Report on inoculation in the plague infected areas of the Punjab and its dependencies from October 1900 to September 1901
Year: 1900
Disease focus: Plague
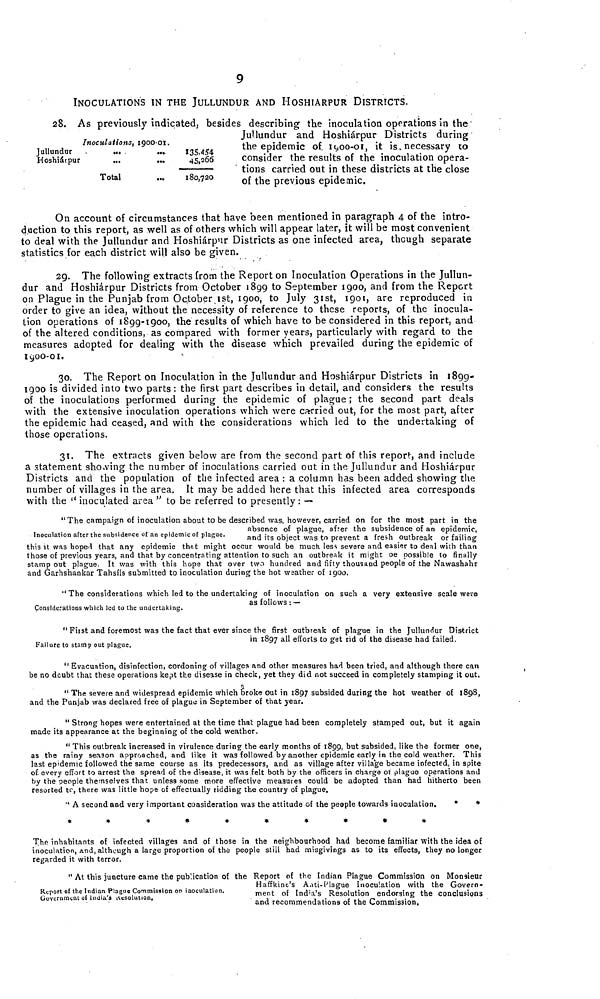
9
Inoculations, 1900-01.
Jullundur
Hoshiárpur
...
...
Total
135,454
45,266
...
180,720
INOCULATIONS IN THE JULLUNDUR AND HOSHIARPUR DISTRICTS,
28. As previously indicated, besides describing the inoculation operations In the
Jullundur and Hoshiárpur Districts during
the epidemic of 1900-01, it is, necessary to
consider the results of the inoculation opera-
tions carried out in these districts at the close
of the previous epidemic.
On account of circumstances that have been mentioned in paragraph 4 of the intro-
duction to this report, as well as of others which will appear later, it will be most convenient
to deal with the Jullundur and Hoshiárpur Districts as one infected area, though separate
statistics for each district will also be given.
29. The following extracts from the Report on Inoculation Operations in the Jullun-
dur and Hoshiárpur Districts from October 1899 to September 1900, and from the Report
on Plague in the Punjab from October 1st, 1900, to July 31st, 1901, are reproduced in
order to give an idea, without the necessity of reference to these reports, of the inocula-
tion operations of 1899-1900, the results of which have to be considered in this report, and
of the altered conditions, as compared with former years, particularly with regard to the
measures adopted for dealing with the disease which prevailed during the epidemic of
1900-01.
30. The Report on Inoculation in the Jullundur and Hoshiárpur Districts in 1899-
1900 is divided into two parts : the first part describes in detail, and considers the results
of the inoculations performed during the epidemic of plague ; the second part deals
with the extensive inoculation operations which were carried out, for the most part, after
the epidemic had ceased, and with the considerations which led to the undertaking of
those operations.
31. The extracts given below are from the second part of this report, and include
a statement showing the number of inoculations carried out in the Jullundur and Hoshiárpur
Districts and the population of the infected area : a column has been added showing the
number of villages in the area. It may be added here that this infected area corresponds
with the " inoculated area " to be referred to presently : —
Inoculation after the subsidence of an epidemic of plague.
" The campaign of inoculation about to be described was, however, carried on for the most part in the
absence of plague, after the subsidence of an epidemic,
and its object was to prevent a fresh outbreak or failing
this it was hoped that any epidemic that might occur would be much less severe and easier to deal with than
those of previous years, and that by concentrating attention to such an outbreak it might be possible to finally
stamp out plague It was with this hope that over two hundred and fifty thousand people of the Nawashahr
and Garhshankar Tahsíls submitted to inoculation during the hot weather of 1900.
Considerations which led to the undertaking.
" The considerations which led to the undertaking of inoculation on such a very extensive scale were
as follows : —
Failure to stamp out plague.
" First and foremost was the fact that ever since the first outbreak of plague in the Jullundur District
in 1897 all efforts to get rid of the disease had failed.
" Evacuation, disinfection, cordoning of villages and other measures had been tried, and although there can
be no doubt that these operations kept the disease in check, yet they did not succeed in completely stamping it out.
" The severe and widespread epidemic which broke out in 1897 subsided during the hot weather of 1898,
and the Punjab was declared free of plague in September of that year.
" Strong hopes were entertained at the time that plague had been completely stamped out, but it again
made its appearance at the beginning of the cold weather.
" This outbreak increased in virulence during the early months of 1899, but subsided, like the former one,
as the rainy season approached, and like it was followed by another epidemic early in the cold weather. This
last epidemic followed the same course as its predecessors, and as village after village became infected, in spite
of every effort to arrest the spread of the disease, it was felt both by the officers in charge of plague operations and
by the people themselves that unless some more effective measures could be adopted than had hitherto been
resorted to, there was little hope of effectually ridding the country of plague.
" A second and very important consideration was the attitude of the people towards inoculation.
*
*
*
*
*
*
*
*
*
*
*
*
The inhabitants of infected villages and of those in the neighbourhood had become familiar with the idea of
inoculation, and, although a large proportion of the people still had misgivings as to its effects, they no longer
regarded it with terror.
Report of the Indian Plague Commission on inoculation.
Government of India's Resolution.
" At this juncture came the publication of the Report of the Indian Plague Commission on Monsieur
Haffkine's Anti-Plague Inoculation with the Govern-
ment of India's Resolution endorsing the conclusions
and recommendations of the Commission,